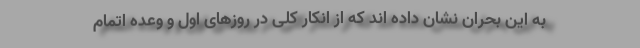
به این بحران نشان داده اند که از انکار کلی در روزهای اول و وعده اتمام